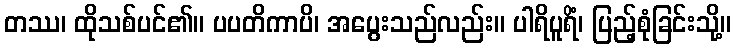
တဿ၊ ထိုသစ်ပင်၏။ ပပတိကာပိ၊ အပွေးသည်လည်း။ ပါရိပူရိံ၊ ပြည့်စုံခြင်းသို့။